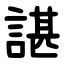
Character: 諶